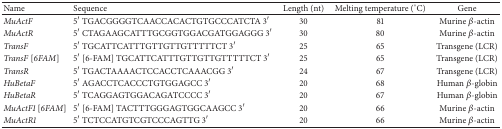
| Name | Sequence | Length (nt) | Melting temperature (°C) | Gene |
 | --- | --- | --- | --- | --- |
 | MuActF | 5′ TGACGGGGTCAACCACACTGTGCCCATCTA 3′ | 30 | 81 | Murine β-actin |
 | MuActR | 5′ CTAGAAGCATTTGCGGTGGACGATGGAGGG 3′ | 30 | 80 | Murine β-actin |
 | TransF | 5′ TGCATTCATTTGTTGTTGTTTTTCT 3′ | 25 | 65 | Transgene (LCR) |
 | TransF [6FAM] | 5′ [6-FAM] TGCATTCATTTGTTGTTGTTTTTCT 3′ | 25 | 65 | Transgene (LCR) |
 | TransR | 5′ TGACTAAAACTCCACCTCAAACGG 3′ | 24 | 67 | Transgene (LCR) |
 | HuBetaF | 5′ AGACCTCACCCTGTGGAGCC 3′ | 20 | 68 | Human β-globin |
 | HuBetaR | 5′ TCAGGAGTGGACAGATCCCC 3′ | 20 | 67 | Human β-globin |
 | MuActF1 [6FAM] | 5′ [6-FAM] TACTTTGGGAGTGGCAAGCC 3′ | 20 | 66 | Murine β-actin |
 | MuActR1 | 5′ TCTCCATGTCGTCCCAGTTG 3′ | 20 | 66 | Murine β-actin |